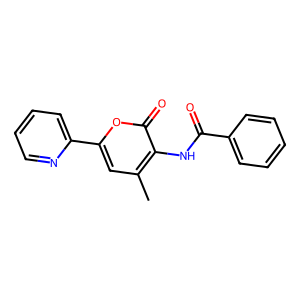
SMILES: Cc1cc(-c2ccccn2)oc(=O)c1NC(=O)c1ccccc1
Inhibits HIV replication: No